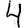
Digit: 4